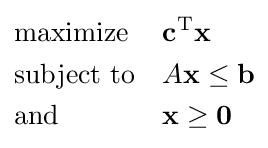
{\begin{aligned}&{\text{maximize}}&&\mathbf {c} ^{\mathrm {T} }\mathbf {x} \\&{\text{subject to}}&&A\mathbf {x} \leq \mathbf {b} \\&{\text{and}}&&\mathbf {x} \geq \mathbf {0} \end{aligned}}